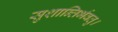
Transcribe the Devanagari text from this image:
सुशान्तिर्भवतु।